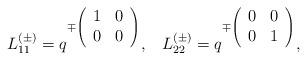
LaTeX: \begin{align*}L_{11}^{(\pm)}=q^{\mp \left( \begin{array}{cc}1&0\\0&0\end{array} \right)},\;\;\;L_{22}^{(\pm)}=q^{\mp \left( \begin{array}{cc}0&0\\0&1\end{array} \right)},\end{align*}